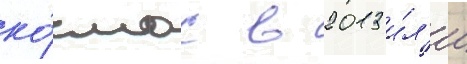
ко́смос в 2013 и́л'и